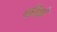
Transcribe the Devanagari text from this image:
कीफ़े